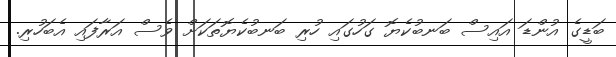
ބަޑީގެ އުންޑަ އައިސް ބަނބުކެޔޮ ގަހުގައި ހުރި ބަނބުކެޔޮތަކަށް ވެސް އަރާފައި އެބަހުރި.